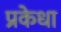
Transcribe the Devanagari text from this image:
प्रकेधा